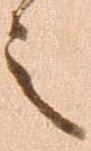
言